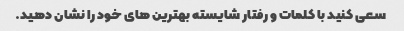
سعی کنید با کلمات و رفتار شایسته بهترین های خود را نشان دهید.